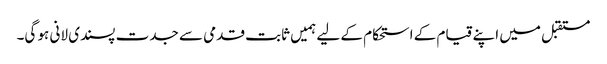
مستقبل میں اپنے قیام کے استحکام کے لیے ہمیں ثابت قدمی سے جدت پسندی لانی ہو گی۔